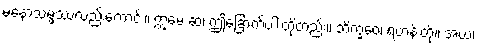
မနောသမ္ဖဿလည်းကောင်း။ ဣမေ ဆ၊ ဤခြောက်ပါးတို့တည်း။ ဘိက္ခဝေ၊ ရဟန်းတို့။ အယံ၊